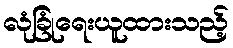
လုံခြုံရေးယူထားသည့်